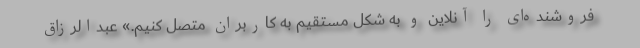
فروشنده‌ای را آنلاین و به شکل مستقیم به کاربران متصل کنیم.» عبدالرزاق